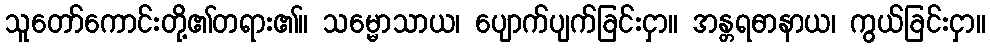
သူတော်ကောင်းတို့၏တရား၏။ သမ္မောသာယ၊ ပျောက်ပျက်ခြင်းငှာ။ အန္တရဓာနာယ၊ ကွယ်ခြင်းငှာ။